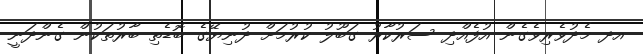
އދ މެދުވެރިވެގެން އުފެއްދި ސަރުކާރު ގަބޫލު ކުރުމަށް ދުނިޔޭގެ ބޮޑެތި ބާރުތަކުން ގެންދަނީ